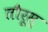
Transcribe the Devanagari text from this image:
तौरूस्